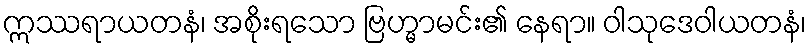
ဣဿရာယတနံ၊ အစိုးရသော ဗြဟ္မာမင်း၏ နေရာ။ ဝါသုဒေဝါယတနံ၊